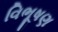
વિભૂષણ